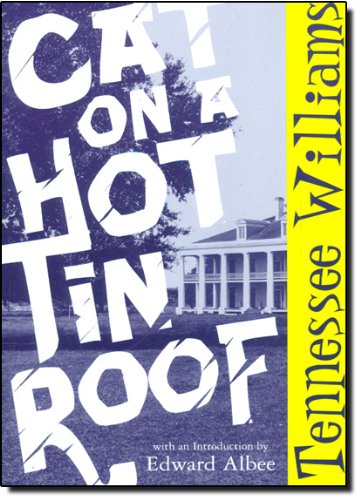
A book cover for Cat on a Hot Tin Roof; Tennessee Williams; Literature & Fiction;